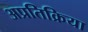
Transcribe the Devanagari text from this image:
अप्रतिक्रिया